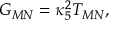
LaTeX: { \cal G } _ { M N } = \kappa _ { 5 } ^ { 2 } T _ { M N } ,